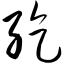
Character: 纥